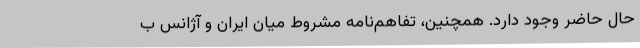
حال حاضر وجود دارد. همچنین، تفاهم‌نامه مشروط میان ایران و آژانس ب